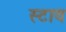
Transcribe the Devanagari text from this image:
स्टाव